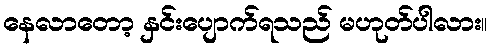
နေလာတော့ နှင်းပျောက်ရသည် မဟုတ်ပါလား။